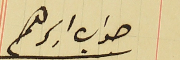
جواب ابرهىم